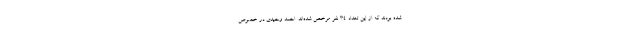
شده بودند که از این تعداد ۳۴ نفر مرخص شده‌اند. احمد وحیدی در خصوص